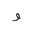
Letter: _waw